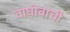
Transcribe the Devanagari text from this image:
वाघोबाची